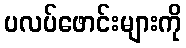
ပလပ်ဖောင်းများကို